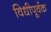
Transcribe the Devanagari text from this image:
विधीपूर्वक